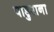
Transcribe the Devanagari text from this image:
पाडुराना